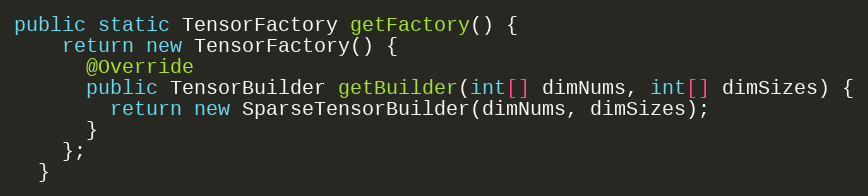
Language: Java
public static TensorFactory getFactory() {
    return new TensorFactory() {
      @Override
      public TensorBuilder getBuilder(int[] dimNums, int[] dimSizes) {
        return new SparseTensorBuilder(dimNums, dimSizes);
      }
    };
  }